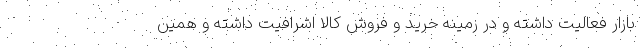
بازار فعالیت داشته و در زمینه خرید و فروش کالا اشرافیت داشته و همین